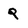
Character: Q